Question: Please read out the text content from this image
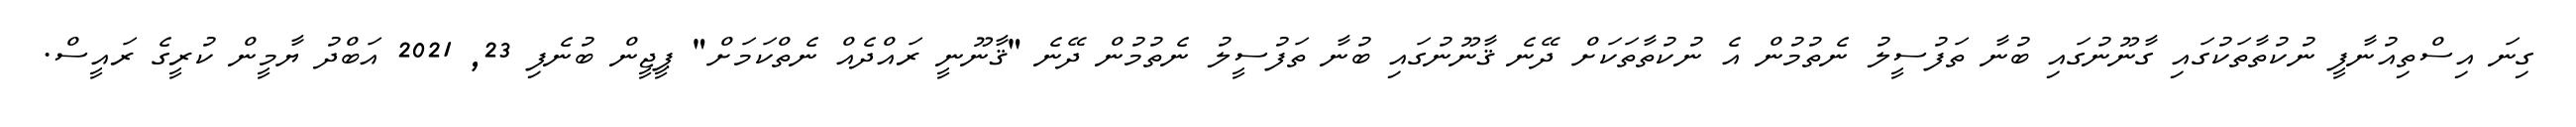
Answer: ގިނަ އިސްތިއުނާފީ ނުކުތާތަކުގައި ގާނޫނުގައި ބުނާ ތަފުސީލު ނެތުމުން އެ ނުކުތާތަކަށް ދޭނެ ޤާނޫނުގައި ބުނާ ތަފުސީލު ނެތުމުން ދޭނެ "ޤާނޫނީ ރައްދެއް ނެތްކަމަށް" ޕީޖީން ބުނެފި 23, 2021 އަބްދު ޔާމީން ކުރީގެ ރައީސް.